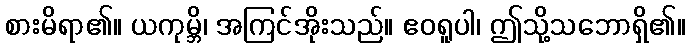
စားမိရာ၏။ ယကုမ္ဘိ၊ အကြင်အိုးသည်။ ဧဝရူပါ၊ ဤသို့သဘောရှိ၏။